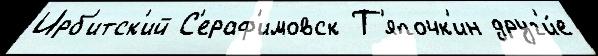
Ирб'итск'ий С'ераф'имовск Т'япочк'ин друг'и́е